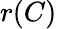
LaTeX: r(C)